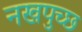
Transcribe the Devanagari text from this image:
नखपुच्छ